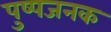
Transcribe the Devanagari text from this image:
पुष्पजनक